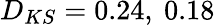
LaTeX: D_{KS}=0.24,\ 0.18